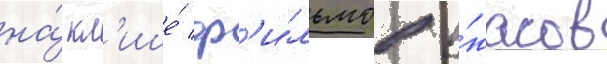
на́ кл'ише́ ф'и́льмов у́жасов